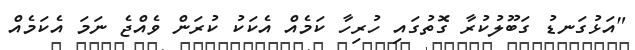
"އަޅުގަނޑު ގަބޫލުކުރާ ގޮތުގައި ހުރިހާ ކަމެއް އެކަކު ކުރަން ވެއްޖެ ނަމަ އެކަމެއް